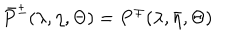
LaTeX: \bar { P } ^ { \pm } ( \lambda , \eta , \Theta ) = P ^ { \mp } ( \lambda , \bar { \eta } , \Theta )